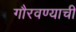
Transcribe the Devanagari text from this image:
गौरवण्याची